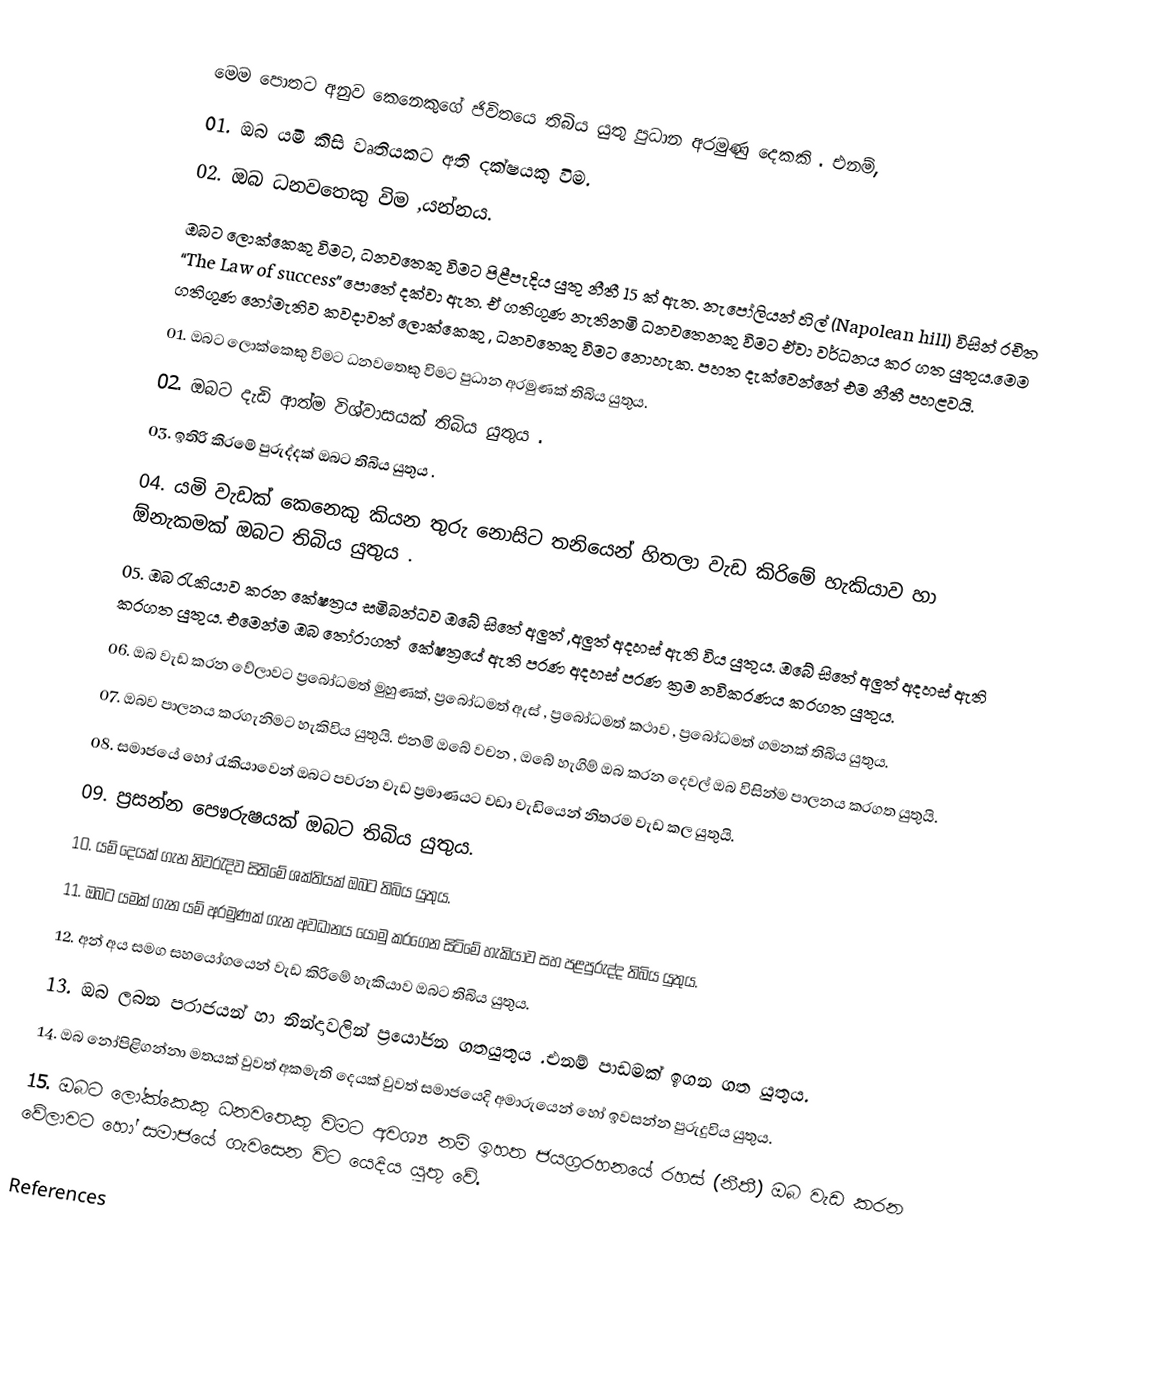
මෙම පොතට අනුව කෙනෙකුගේ  ජිවිතයෙ  තිබිය  යුතු  පුධාන  අරමුණු දෙකකි . එනම්,
 01.	ඔබ යමි කිසි වෘතියකට අති  දක්ෂයකු  විම.
 02.	ඔබ  ධනවතෙකු විම ,යන්නය.
ඔබට ලොක්කෙකු විමට, ධනවතෙකු විමට පිළීපැදිය යුතු නීතී 15 ක් ඇත. නැපෝලියන් හිල් (Napolean  hill) විසින් රචිත “The Law of success” පොතේ දක්වා ඇත. ඒ ගතිගුණ නැතිනමි ධනවතෙනකු  විමට ඒවා  වර්ධනය  කර ගත යුතුය.මෙම ගතිගුණ  නෝමැතිව කවදාවත් ලොක්කෙකු , ධනවතෙකු විමට නොහැක. පහත දැක්වෙන්නේ  එම නීතී  පහළවයි.
 01.	ඔබට ලොක්කෙකු  විමට  ධනවතෙකු  විමට  පුධාන අරමුණක්  තිබිය යුතුය.
 02.	ඔබට  දැඩි ආත්ම විශ්වාසයක් තිබිය යුතුය .
 03.	ඉතිරි කිර‍මේ  පුරුද්දක් ඔබට තිබිය යුතුය .
 04.	යමි වැඩක් කෙනෙකු  කියන තුරු  නොසිට තනියෙන් හිතලා වැඩ කිරිමේ  හැකියාව හා  ඕනැකමක්  ඔබට  තිබිය  යුතුය .
 05.	ඔබ රැකියාව  කරන කේෂත්‍රය සමිබන්ධව  ඔබේ  සිතේ අලුත් ,අලුත් අදහස්  ඇති විය යුතුය. ඔබේ සිතේ අලුත් අදහස් ඇති කරගත යුතුය. එමෙන්ම ඔබ තෝරාගත් ‍ කේෂත්‍රයේ ඇති පරණ අදහස් පරණ ක්‍රම නවිකරණය කරගත යුතුය.
 06.	ඔබ  වැඩ කරන වේලාවට ප්‍රබෝධමත් මුහුණක්, ප්‍රබෝධමත් ඇස් , ප්‍රබෝධමත් කථාව , ප්‍රබෝධමත් ගමනක් තිබිය යුතුය.
 07.	ඔබව  පාලනය කරගැනිමට හැකිවිය යුතුයි. එනමි ඔ‍බේ  වචන , ඔබේ හැගිම් ඔබ කරන දෙවල් ඔබ විසින්ම  පාලනය කරගත යුතුයි.
 08.	සමාජයේ  හෝ රැකියාවෙන්  ඔබට පවරන වැඩ ප්‍රමාණයට වඩා  වැඩියෙන්  නිතරම  වැඩ  කල යුතුයි.
 09.	ප්‍රසන්න  පෙෳරුෂයක් ඔබට තිබිය යුතුය.
 10.	යම් දෙයක් ගැන නිවරැදිව සිතිමේ ශක්තියක් ඔබට  තිබිය  යුතුය.
 11.	ඔබ‍ට  යමක් ගැන  යම් අරමුණක් ගැන  අවධානය  යොමු  කරගෙන සිටිමේ  හැකියාව  සහ පළපුරුද්ද  තිබිය  යුතුය.
 12.	අන් අය  සමග සහයෝගයෙන්  වැඩ කිරිමේ  හැකියාව ඔබට  තිබිය යුතුය.
 13.	ඔබ  ලබන පරාජයන්  හා  නින්දාවලින්  ප්‍රයෝජන  ගතයුතුය .එනම්  පාඩමක්  ඉගන ගත යුතුය.
 14.	ඔබ නෝපිළිගන්නා මතයක්  වුවත් අකමැති දෙයක් වුවත් සමාජයෙදි  අමාරුයෙන්  හෝ  ඉවසන්න  පුරුදුවිය  යුතුය.
 15.	ඔබට  ලෝක්කෙකු  ධනවතෙකු විමට  අවශ්‍ය නම්  ඉහත  ජයග්‍රරහනයේ  රහස්  (නීතී)  ඔබ  වැඩ  කරන  වේලාවට  හෝ  සමාජයේ  ගැවසෙන  විට  යෙදිය  යුතු  වේ.

References